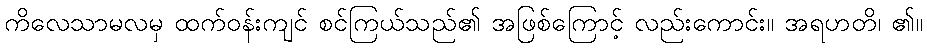
ကိလေသာမလမှ ထက်ဝန်းကျင် စင်ကြယ်သည်၏ အဖြစ်ကြောင့် လည်းကောင်း။ အရဟတိ၊ ၏။